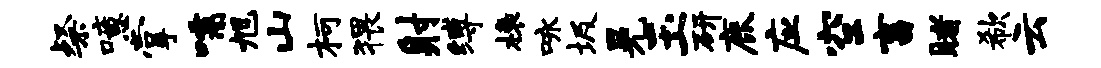
粲噫掌嚅旭山柯猥射缚榱咏圾晃玉研鹿应空畜睹欷云